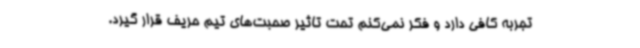
تجربه کافی دارد و فکر نمی‌کنم تحت تاثیر صحبت‌های تیم حریف قرار گیرد.